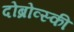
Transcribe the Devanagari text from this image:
दोब्रोव्स्की